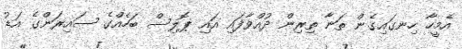
އެމީހާ ހިނގައިގެން ތަނާ ތިރިން ދުއްވާފައި އައި ޕޮލިސް ބަހެއްގެ ސައިރަންގެ އަޑު